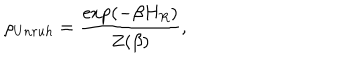
\rho _ { U n r u h } = \frac { \exp ( - \beta H _ { R } ) } { Z ( \beta ) } ,